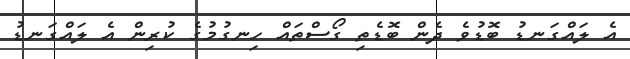
އެ ލައްގަނޑު ބޮޑުވެ ދެން ބޮޑެތި ގޯސްތައް ހިނގުމުގެ ކުރިން އެ ލައްގަނޑު